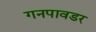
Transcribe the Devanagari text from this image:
गनपावडर